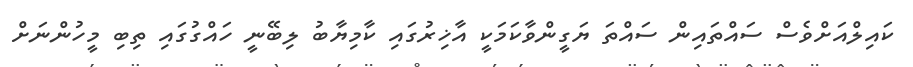
ކައިލްއަށްވެސް ސައްތައިން ސައްތަ ޔަގީންވާކަމަކީ އާޚިރުގައި ކާމިޔާބު ލިބޭނީ ހައްގުގައި ތިބި މީހުންނަށް